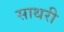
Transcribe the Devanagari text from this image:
साथरी